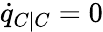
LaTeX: \dot{q}_{C|C}=0